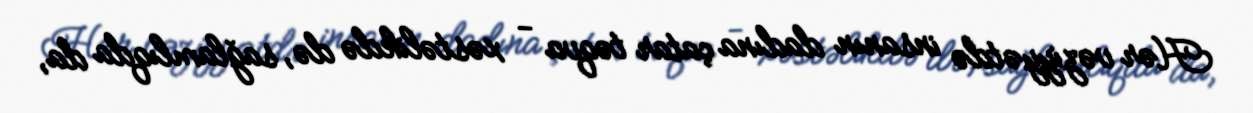
Hər vəziyyətdə insanın dadına çatar təqva - xəstəlikdə də, sağlamlıqda da,